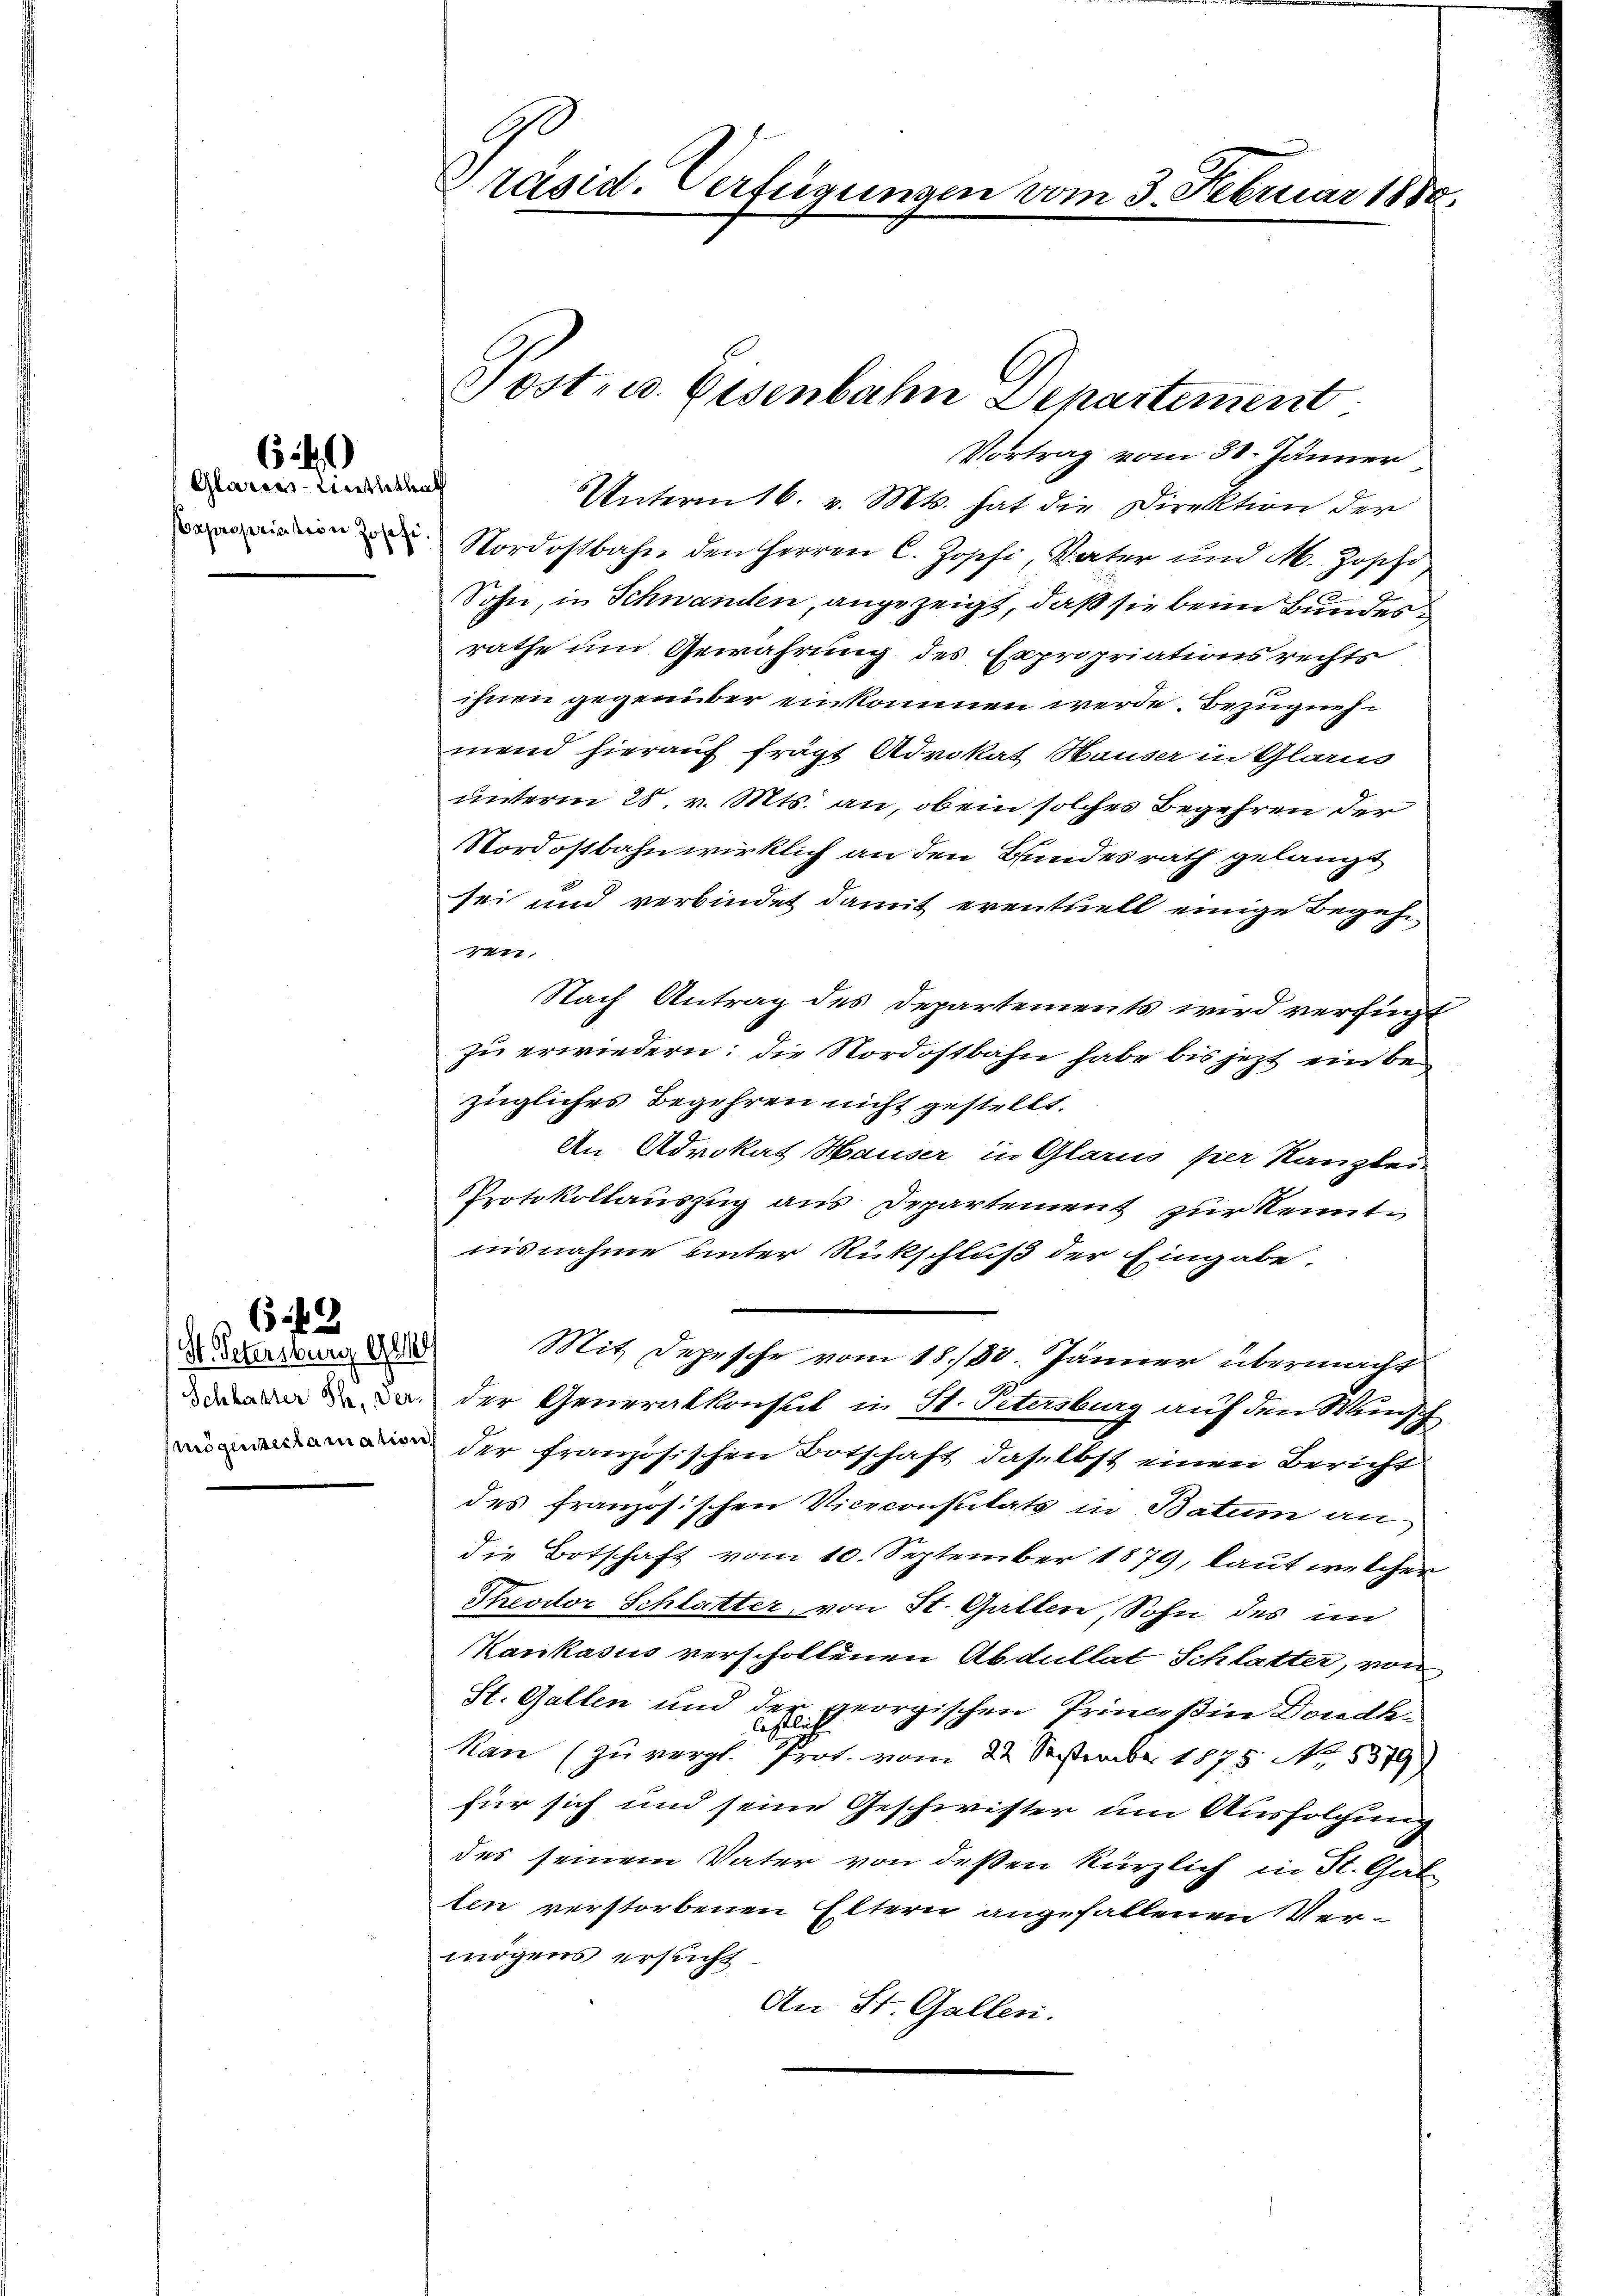
Glaries-Linththal

614)

(St. Petersburg, Gl

542

räsid. Verfügungen vom 3. Februar 1880.

Post- u. Eisenbahn Departement
Vortrag vom 30. Jänner
Unterm 16. v. Mts. hat die Direktion der

Nordostbahn den Herren C. Zopfi, Vater und M. Jopho
Sohn, in Schwanden, angezeigt, daß sie beim Bundes
rathe und Gewährung des Expropriationsrechts
ihnen gegenüber einkommen werde. Bezugnefmend hierauf fragt Advokat Hauser in Glarus
unterm 28. v. Mts. an, ob ein solches Begehren der
Nordostbahnwirklich an den Bundesrath gelangt
sei und verbindet damit eventuell einige Begeh¬
441.
Nach Antrag des Departements wird verfügt
zu erwiedern: die Nordostbahn habe bis jetzt ein bezügliches Begehren nicht gestellt.
An Advokat Hauser in Glarus hier Kanzlei-
Protokollauszug aus Departement zur Kenntnisnahme hinter Rückschluß der Eingabe.
Mit Depesche vom 18./30. Jänner übermacht
 der Generalkonsul in St. Petersburg auf den Wünsch
 der französischen Botschaft daselbst einen Bericht
des französischen Viceconstitats in Batum an
die Botschaft vom 10. September 1879, laut welcher
Theodor Schlatter, von St. Gallen, Sohn des im
Kankasus verschollenen Abdullat Schlatter, von
St. Gallen und der georgischen Princeßin Dondh¬
Kan (zu vergl. Prot. vom 22. September 1875. No. 5379)
für sich und seine Geschwister um Ausfolgung
des seinem Vater von deßen kürzlich in St. Gal
len verstorbenen Eltern angefallenen Vermögens ersucht.
An St. Gallen.